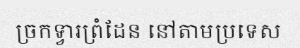
ច្រកទ្វារព្រំដែន នៅតាមប្រទេស